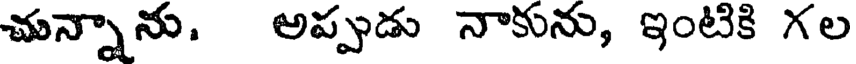
చున్నాను. అప్పుడు నాకును, ఇంటికి గల